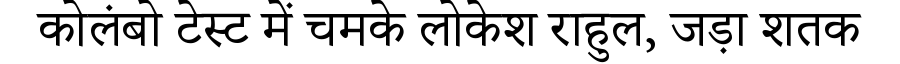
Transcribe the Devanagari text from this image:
कोलंबो टेस्ट में चमके लोकेश राहुल, जड़ा शतक